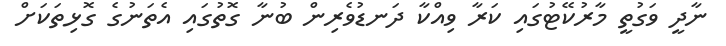
ނާދީ ވަގުތީ މާރުކޭޓުގައި ކަރާ ވިއްކާ ދަނޑުވެރިން ބުނާ ގޮތުގައި އެތަނުގެ ގޮޅިތަކަށް